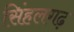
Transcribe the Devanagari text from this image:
सिंहलगढ़